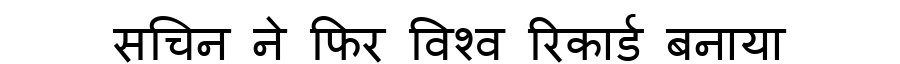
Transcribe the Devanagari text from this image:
सचिन ने फिर विश्व रिकार्ड बनाया